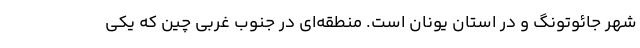
شهر جائوتونگ و در استان یونان است. منطقه‌ای در جنوب غربی چین که یکی